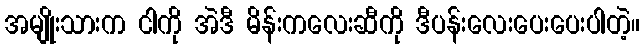
အမျိုးသားက ငါကို အဲဒီ မိန်းကလေးဆီကို ဒီပန်းလေးပေးပေးပါတဲ့။